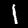
Label: 1